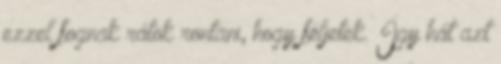
ezzel fognak rátok rontani, hogy féljetek. Így hát azt